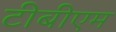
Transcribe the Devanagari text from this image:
टीबीएम